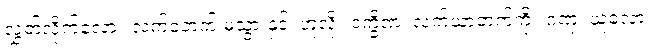
လွှတ်လိုက်လော့။ လက်ဝဲဘက် မသွားနှင့်၊ ဟူလို။ ဒက္ခိဏံ၊ လက်ယာဘက်ကို။ ဂဏှ၊ ယူလော့။